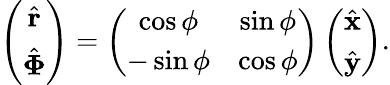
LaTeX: \begin{array}{r}{\left(\begin{array}{c}{\hat{\mathbf r}}\\ {\hat{\mathbf\Phi}}\end{array}\right)=\left(\begin{array}{cc}{\cos\phi}&{\sin\phi}\\ {-\sin\phi}&{\cos\phi}\end{array}\right)\left(\begin{array}{c}{\hat{\mathbf x}}\\ {\hat{\mathbf y}}\end{array}\right).}\end{array}